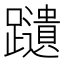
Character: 𫏩